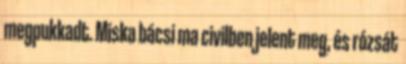
megpukkadt. Miska bácsi ma civilben jelent meg, és rózsát